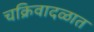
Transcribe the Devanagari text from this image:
चक्रिवादळात